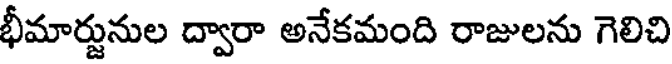
భీమార్జునుల ద్వారా అనేకమంది రాజులను గెలిచి